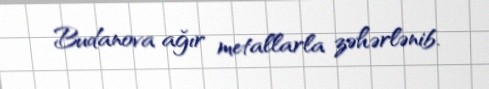
Budanova ağır metallarla zəhərlənib.